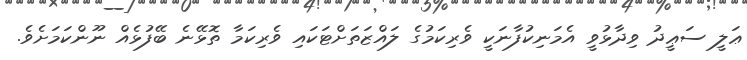
ޢަލީ ސަޢީދު ވިދާޅުވީ އެމަނިކުފާނަކީ ވެރިކަމުގެ ލައްޒަތަށްޓަކައި ވެރިކަމާ ތޮޅޭނެ ބޭފުޅެއް ނޫންކަމަށެވެ.